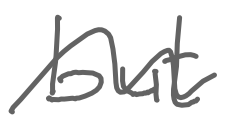
Text: but
Cross-out: wave
Writing tool: digital_gray